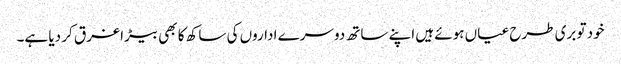
خود تو بری طرح عیاں ہوئے ہیں اپنے ساتھ دوسرے اداروں کی ساکھ کا بھی بیڑا غرق کر دیا ہے۔